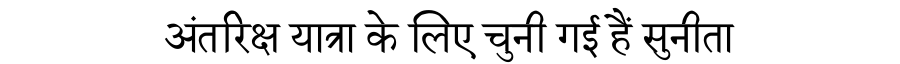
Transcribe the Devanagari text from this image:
अंतरिक्ष यात्रा के लिए चुनी गई हैं सुनीता